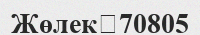
Жөлек	70805